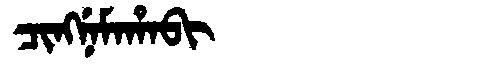
Manchu: ᠴᡳᠩᠨᡝᠮᠠᡥᠠᠪᡳ
Romanization: CINGNEMAHABI